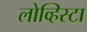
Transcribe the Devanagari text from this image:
लोव्हिस्टा